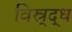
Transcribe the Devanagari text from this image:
विस्र्द्ध